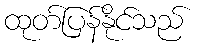
ထုတ်ပြန်နိုင်သည်